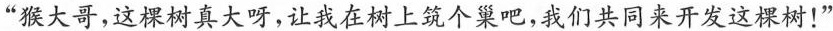
”猴大哥，这棵树真大呀，让我在树上筑个巢吧，我们共同来开发这棵树！”